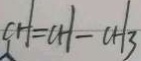
C H = C H - C H _ { 3 }